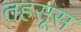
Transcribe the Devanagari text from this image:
तहसूस